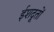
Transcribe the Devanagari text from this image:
ईशदूतों